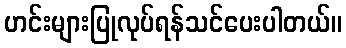
ဟင်းများပြုလုပ်ရန်သင်ပေးပါတယ်။